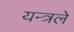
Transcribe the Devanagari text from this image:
यन्त्रले